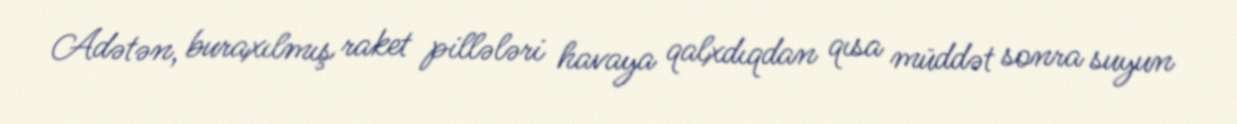
Adətən, buraxılmış raket pillələri havaya qalxdıqdan qısa müddət sonra suyun